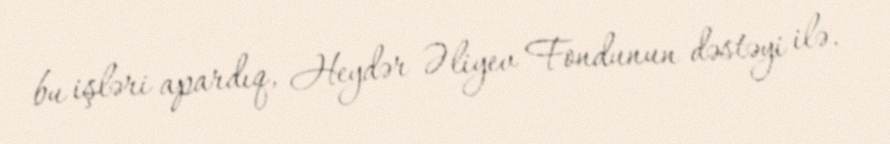
bu işləri apardıq, Heydər Əliyev Fondunun dəstəyi ilə.